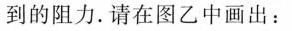
到的阻力。请在图乙中画出：